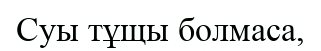
Суы тұщы болмаса,